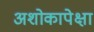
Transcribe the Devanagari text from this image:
अशोकापेक्षा